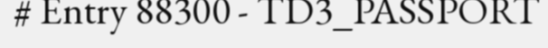
# Entry 88300 - TD3_PASSPORT